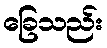
ခြေသည်း